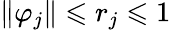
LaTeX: \| \varphi_{j}\| \leqslant r_{j}\leqslant 1